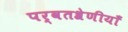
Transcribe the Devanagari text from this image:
पर्वतश्रेणीयाँ